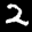
Label: 2